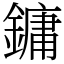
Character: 鏞